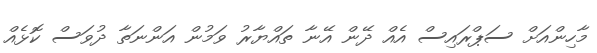
މާހިންއަށް ސަޕްރައިސް އެއް ދޭން އޭނާ ތައްޔާރު ވަމުން އަންނަތާ ދުވަސް ކޮޅެއް